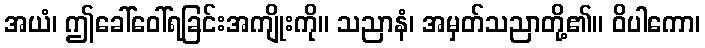
အယံ၊ ဤခေါ်ဝေါ်ရခြင်းအကျိုးကို။ သညာနံ၊ အမှတ်သညာတို့၏။ ဝိပါကော၊